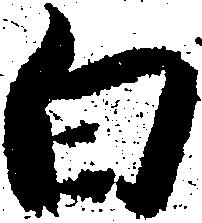
白